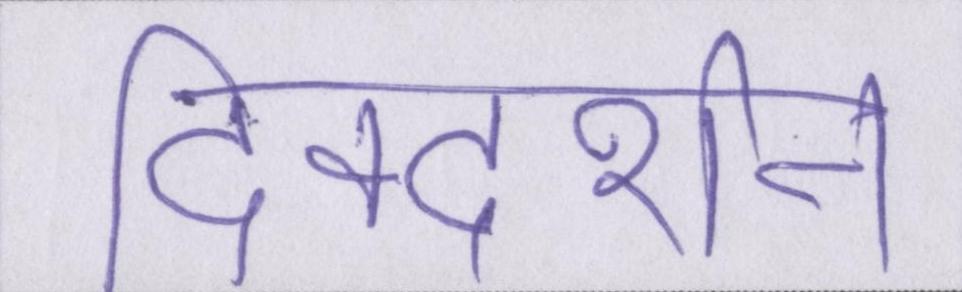
दिक्दर्शन